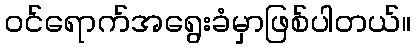
ဝင်ရောက်အရွေးခံမှာဖြစ်ပါတယ်။